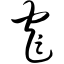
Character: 窄